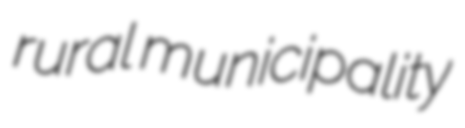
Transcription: rural municipality